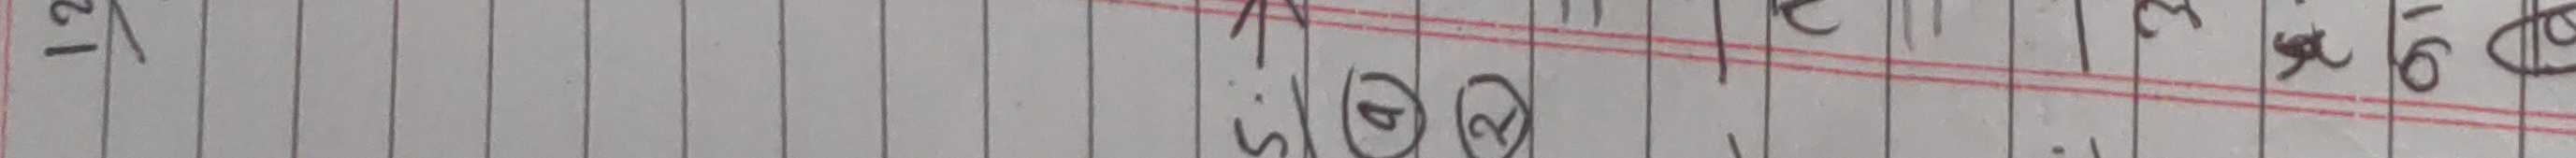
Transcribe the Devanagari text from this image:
१२ १५ १६ घ ख झ